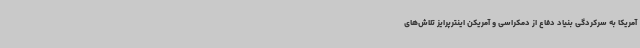
آمریکا به سرکردگی بنیاد دفاع از دمکراسی و آمریکن اینترپرایز تلاش‌های